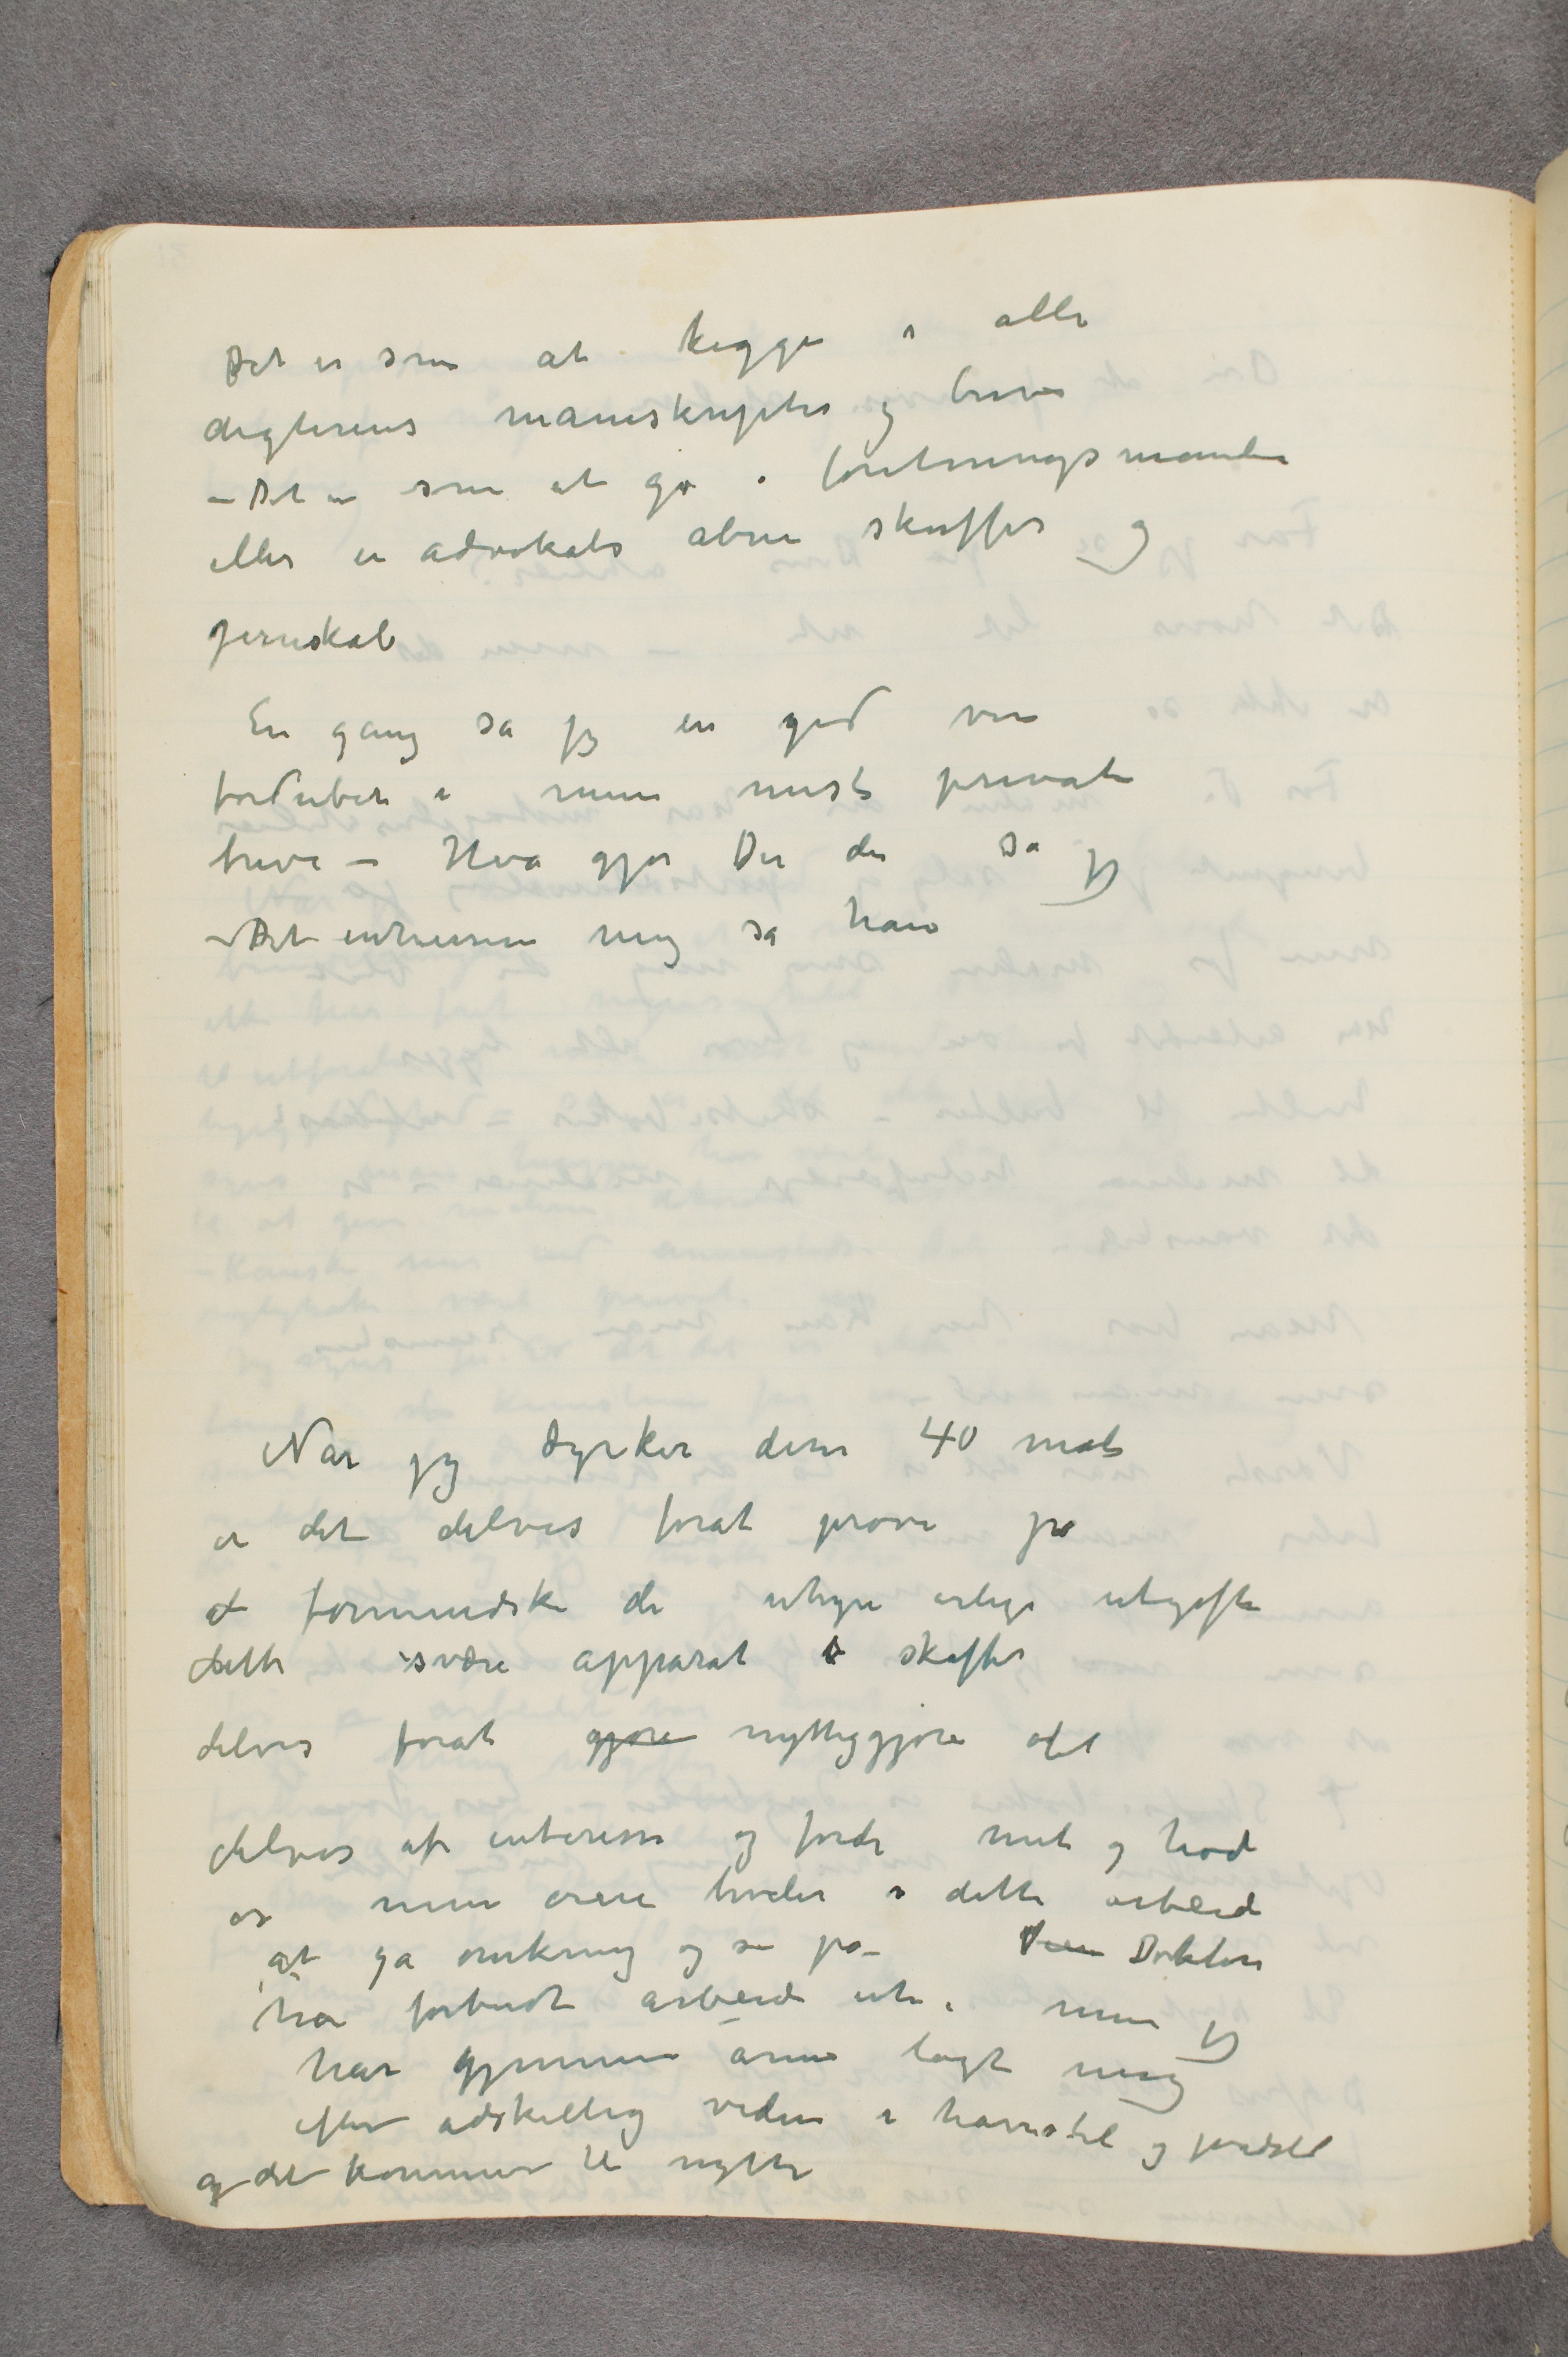
Det er som at kigge i alle
digterens manuskripter og breve
– Det er som at gå i foretningsmandens
eller en advokats åbne skuffer og
jernskab
En gang så jeg en god ven
fordubet i mine mest private
breve – Hva gjør Du der sa jeg
– Det intresserer mig sa han

Når jeg dyrker disse 40 mål
er det delvis forat prøve på
at formindske de uhyre årlige utgifter
dette svære apparat  …  skaffer
delvis forat gjøre nyttiggjøre det
delvis af interesse og fordi mit og hode
og mine øine kveles i dette arbeide
at gå omkring og se på –  …  Doktorn
har forbudt arbeid ute, men jeg
har gjennem årene lagt mig
efter adskillig viden i havestel og jordstel
og det kommer til nytte